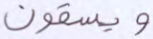
ويسقون